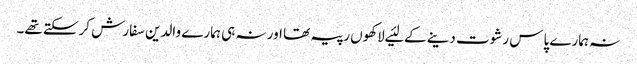
نہ ہمارے پاس رشوت دینے کے لئیے لاکھوں رپیہ تھا اور نہ ہی ہمارے والدین سفارش کرسکتے تھے۔